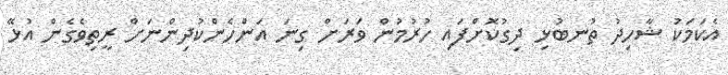
އެކަމަކު ޝާހިދު ތުނބުޅި ދިގުކޮށްފައި ހުރުމުން ވަރަށް ގިނަ އަންހެންކުދިންނަށް ރީތިވެގެން އުޅޭ